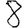
Digit: 8